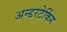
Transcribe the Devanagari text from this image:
अन्डरटेकिंग